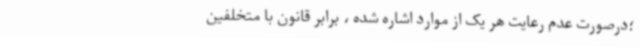
؛درصورت عدم رعایت هر یک از موارد اشاره شده ، برابر قانون با متخلفین